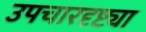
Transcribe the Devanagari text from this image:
उपचारदृष्ट्या